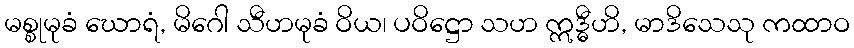
မစ္စုမုခံ ဃောရံ, မိဂေါ သီဟမုခံ ဝိယ၊ ပဝိဋ္ဌော သဟ ဣဒ္ဓီဟိ, မာဒိသေသု ကထာဝ